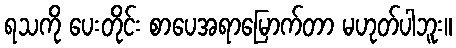
ရသကို ပေးတိုင်း စာပေအရာမြောက်တာ မဟုတ်ပါဘူး။